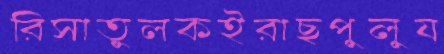
রিসাতুলকইরাছপুলুয